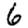
Digit: 6